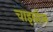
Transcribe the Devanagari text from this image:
चाइबोल